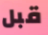
قبل